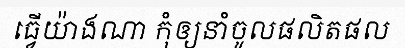
ធ្វើយ៉ាងណា កុំឲ្យនាំចូលផលិតផល